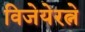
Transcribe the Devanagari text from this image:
विजेयेरत्ने